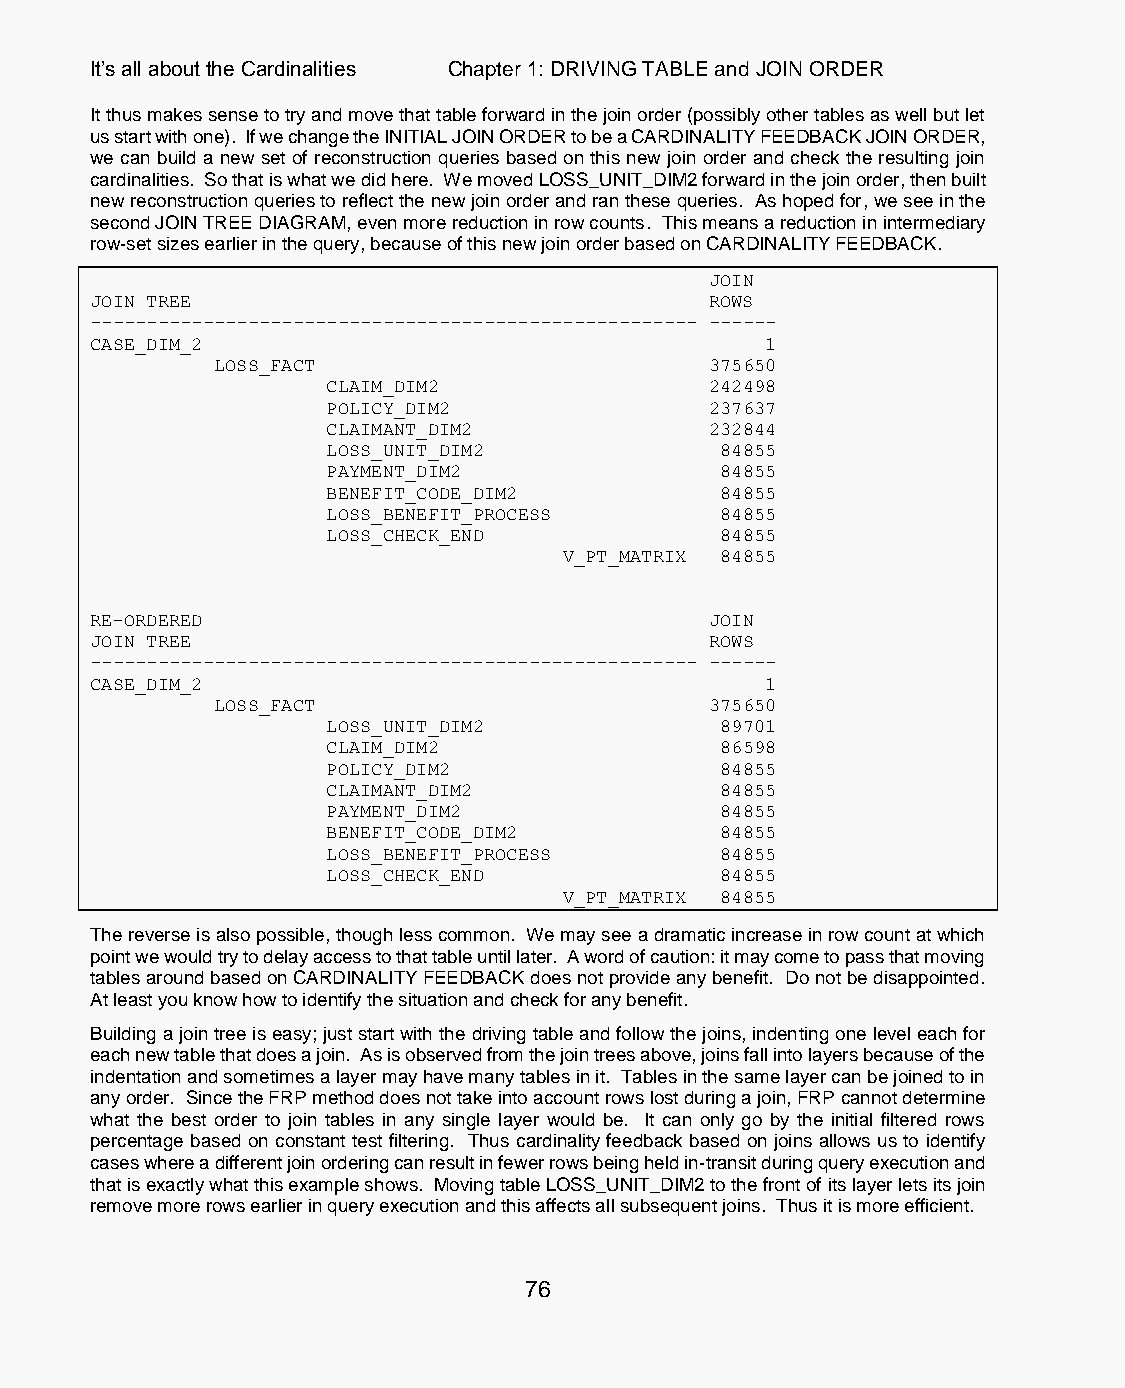
It’s all about the Cardinalities Chapter 1: DRIVING TABLE and JOIN ORDER
 It thus makes sense to try and move that table forward in the join order (possibly other tables as well but let
 us start with one). If we change the INITIAL JOIN ORDER to be a CARDINALITY FEEDBACK JOIN ORDER,
 we can build a new set of reconstruction queries based on this new join order and check the resulting join
 cardinalities. So that is what we did here. We moved LOSS_UNIT_DIM2 forward in the join order, then built
 new reconstruction queries to reflect the new join order and ran these queries. As hoped for, we see in the
 second JOIN TREE DIAGRAM, even more reduction in row counts. This means a reduction in intermediary
 row-set sizes earlier in the query, because of this new join order based on CARDINALITY FEEDBACK.
 JOIN
 JOIN TREE                                ROWS
 ------------------------------------------------------ ------
 CASE_DIM_2                                   1
 LOSS_FACT                        375650
 CLAIM_DIM2               242498
 POLICY_DIM2              237637
 CLAIMANT_DIM2            232844
 LOSS_UNIT_DIM2            84855
 PAYMENT_DIM2              84855
 BENEFIT_CODE_DIM2         84855
 LOSS_BENEFIT_PROCESS      84855
 LOSS_CHECK_END            84855
 V_PT_MATRIX 84855
 RE-ORDERED                               JOIN
 JOIN TREE                                ROWS
 ------------------------------------------------------ ------
 CASE_DIM_2                                   1
 LOSS_FACT                        375650
 LOSS_UNIT_DIM2            89701
 CLAIM_DIM2                86598
 POLICY_DIM2               84855
 CLAIMANT_DIM2             84855
 PAYMENT_DIM2              84855
 BENEFIT_CODE_DIM2         84855
 LOSS_BENEFIT_PROCESS      84855
 LOSS_CHECK_END            84855
 V_PT_MATRIX 84855
 The reverse is also possible, though less common. We may see a dramatic increase in row count at which
 point we would try to delay access to that table until later. A word of caution: it may come to pass that moving
 tables around based on CARDINALITY FEEDBACK does not provide any benefit. Do not be disappointed.
 At least you know how to identify the situation and check for any benefit.
 Building a join tree is easy; just start with the driving table and follow the joins, indenting one level each for
 each new table that does a join. As is observed from the join trees above, joins fall into layers because of the
 indentation and sometimes a layer may have many tables in it. Tables in the same layer can be joined to in
 any order. Since the FRP method does not take into account rows lost during a join, FRP cannot determine
 what the best order to join tables in any single layer would be. It can only go by the initial filtered rows
 percentage based on constant test filtering. Thus cardinality feedback based on joins allows us to identify
 cases where a different join ordering can result in fewer rows being held in-transit during query execution and
 that is exactly what this example shows. Moving table LOSS_UNIT_DIM2 to the front of its layer lets its join
 remove more rows earlier in query execution and this affects all subsequent joins. Thus it is more efficient.
 76